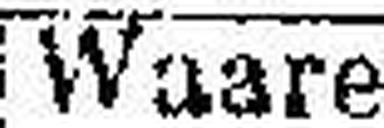
Waare